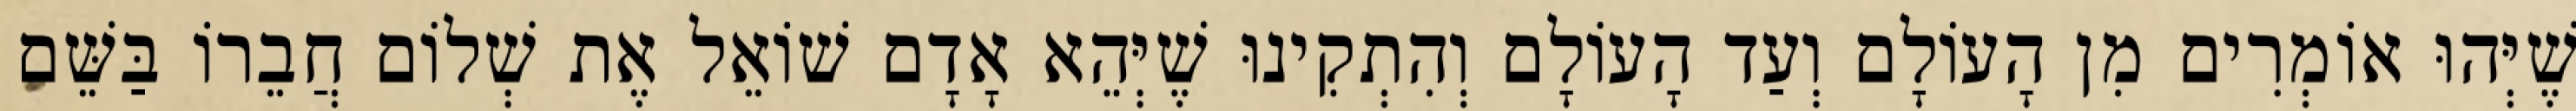
שֶׁיְּהוּ אוֹמְרִים מִן הָעוֹלָם וְעַד הָעוֹלָם וְהִתְקִינוּ שֶׁיְּהֵא אָדָם שׁוֹאֵל אֶת שְׁלוֹם חֲבֵרוֹ בַּשֵּׁם